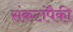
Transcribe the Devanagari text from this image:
संकटांपैकी